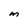
Character: M